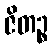
ဇိတဉ္စ